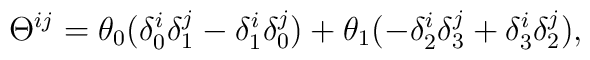
\Theta ^{ij}=\theta_0(\delta^i_0\delta^j_1 -\delta^i_1\delta^j_0) +\theta_1(-\delta^i_2\delta^j_3+\delta^i_3\delta^j_2),